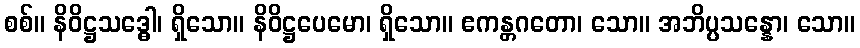
စစ်။ နိဝိဋ္ဌသဒ္ဓေါ၊ ရှိသော။ နိဝိဋ္ဌပေမော၊ ရှိသော။ ဧကန္တဂတော၊ သော။ အဘိပ္ပသန္နော၊ သော။